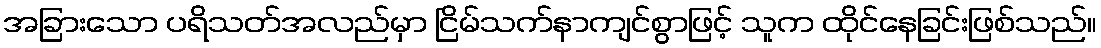
အခြားသော ပရိသတ်အလည်မှာ ငြိမ်သက်နာကျင်စွာဖြင့် သူက ထိုင်နေခြင်းဖြစ်သည်။